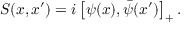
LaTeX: S ( x , x ^ { \prime } ) = i \left[ \psi ( x ) , \bar { \psi } ( x ^ { \prime } ) \right] _ { + } .